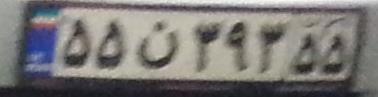
۵۵ن۳۹۳۵۵